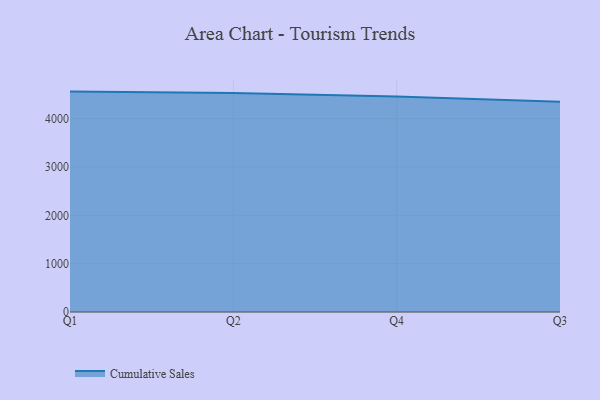
{"axis": {"x": "Quarter", "y": "Market Share (%)"}, "legend": ["Cumulative Sales"], "data": [{"x": "Q1", "y": 4558.8, "type": "Cumulative Sales"}, {"x": "Q2", "y": 4529.5, "type": "Cumulative Sales"}, {"x": "Q4", "y": 4458.9, "type": "Cumulative Sales"}, {"x": "Q3", "y": 4350.9, "type": "Cumulative Sales"}]}